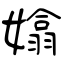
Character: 嬆